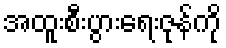
အထူးစီးပွားရေးဇုန်ကို